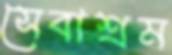
সেবাশ্রম